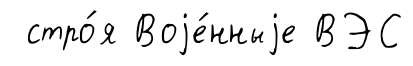
стро́я Воjе́нныjе ВЭС